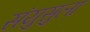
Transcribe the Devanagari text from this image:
संयुसुला